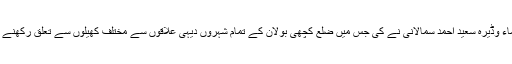
ان کی زیر نگرانی قبائلی سماجی رہنماء وڈیرہ سعید احمد سمالانی نے کی جس میں ضلع کچھی بولان کے تمام شہروں دیہی علاقوں سے مختلف کھیلوں سے تعلق رکھنے والے کھلاڑیوں نے بھرپور حصہ لیا۔